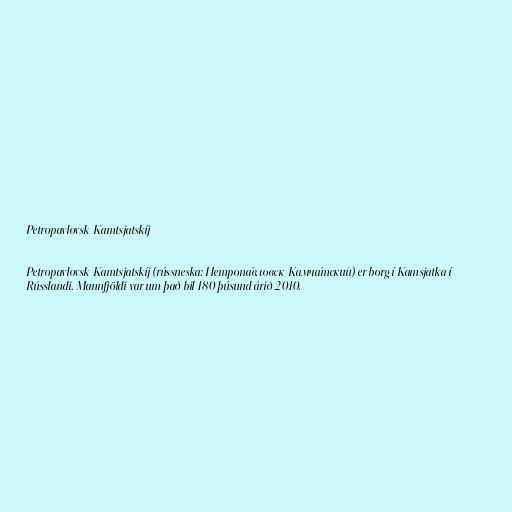
Petropavlovsk-Kamtsjatskíj

Petropavlovsk-Kamtsjatskíj (rússneska: Петропа́вловск-Камча́тский) er borg í Kamsjatka í
Rússlandi. Mannfjöldi var um það bil 180 þúsund árið 2010.